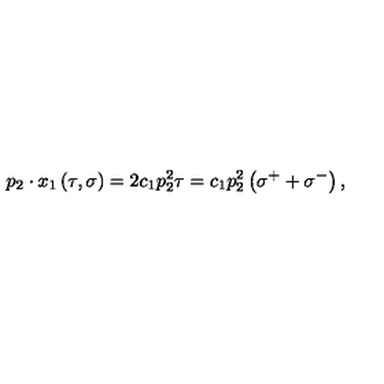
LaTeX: p _ { 2 } \cdot x _ { 1 } \left( \tau , \sigma \right) = 2 c _ { 1 } p _ { 2 } ^ { 2 } \tau = c _ { 1 } p _ { 2 } ^ { 2 } \left( \sigma ^ { + } + \sigma ^ { - } \right) ,